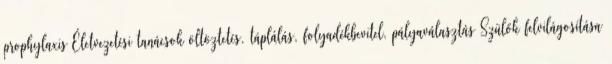
prophylaxis Életvezetési tanácsok öltöztetés, táplálás, folyadékbevitel, pályaválasztás Szülők felvilágosítása